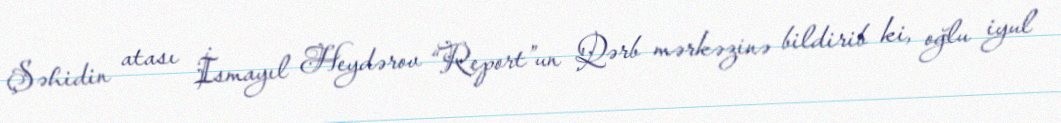
Şəhidin atası İsmayıl Heydərov “Report”un Qərb mərkəzinə bildirib ki, oğlu iyul